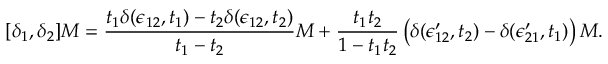
[ \delta _ { 1 } , \delta _ { 2 } ] M = { \frac { t _ { 1 } \delta ( \epsilon _ { 1 2 } , t _ { 1 } ) - t _ { 2 } \delta ( \epsilon _ { 1 2 } , t _ { 2 } ) } { t _ { 1 } - t _ { 2 } } } M + { \frac { t _ { 1 } t _ { 2 } } { 1 - t _ { 1 } t _ { 2 } } } \left( \delta ( \epsilon _ { 1 2 } ^ { \prime } , t _ { 2 } ) - \delta ( \epsilon _ { 2 1 } ^ { \prime } , t _ { 1 } ) \right) M .